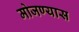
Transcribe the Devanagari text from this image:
मोजण्यास